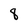
Character: 8